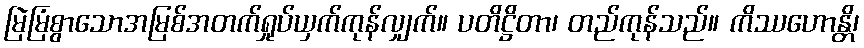
မြဲမြံစွာသောအမြစ်အတက်ရှုပ်ယှက်ကုန်လျှက်။ ပတိဋ္ဌိတာ၊ တည်ကုန်သည်။ ကိဿဟောန္တိ၊